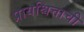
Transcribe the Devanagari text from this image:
प्रायश्चित्ताची